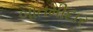
બાતમીદાર